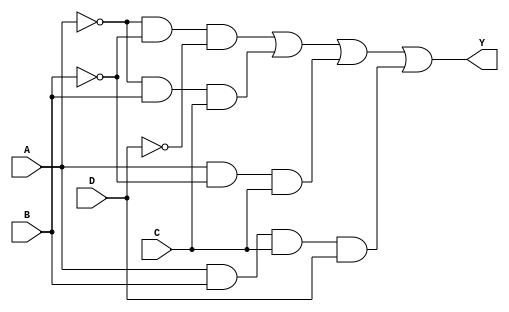
module sop_simplified (
    input wire A,    // Input A
    input wire B,    // Input B
    input wire C,    // Input C
    input wire D,    // Input D
    output wire Y    // Output Y
);

// Simplified SOP expression: Y = A'B'D' + A'BC + AB'C + ABCD
wire A_not = ~A;  // NOT A
wire B_not = ~B;  // NOT B
wire C_not = ~C;  // NOT C
wire D_not = ~D;  // NOT D

// Product terms
wire term1 = A_not & B_not & D_not;  // A'B'D'
wire term2 = A_not & B & C;          // A'BC
wire term3 = A & B_not & C;          // AB'C
wire term4 = A & B & C & D;          // ABCD

// Final output
assign Y = term1 | term2 | term3 | term4; // Combine product terms using OR

endmodule